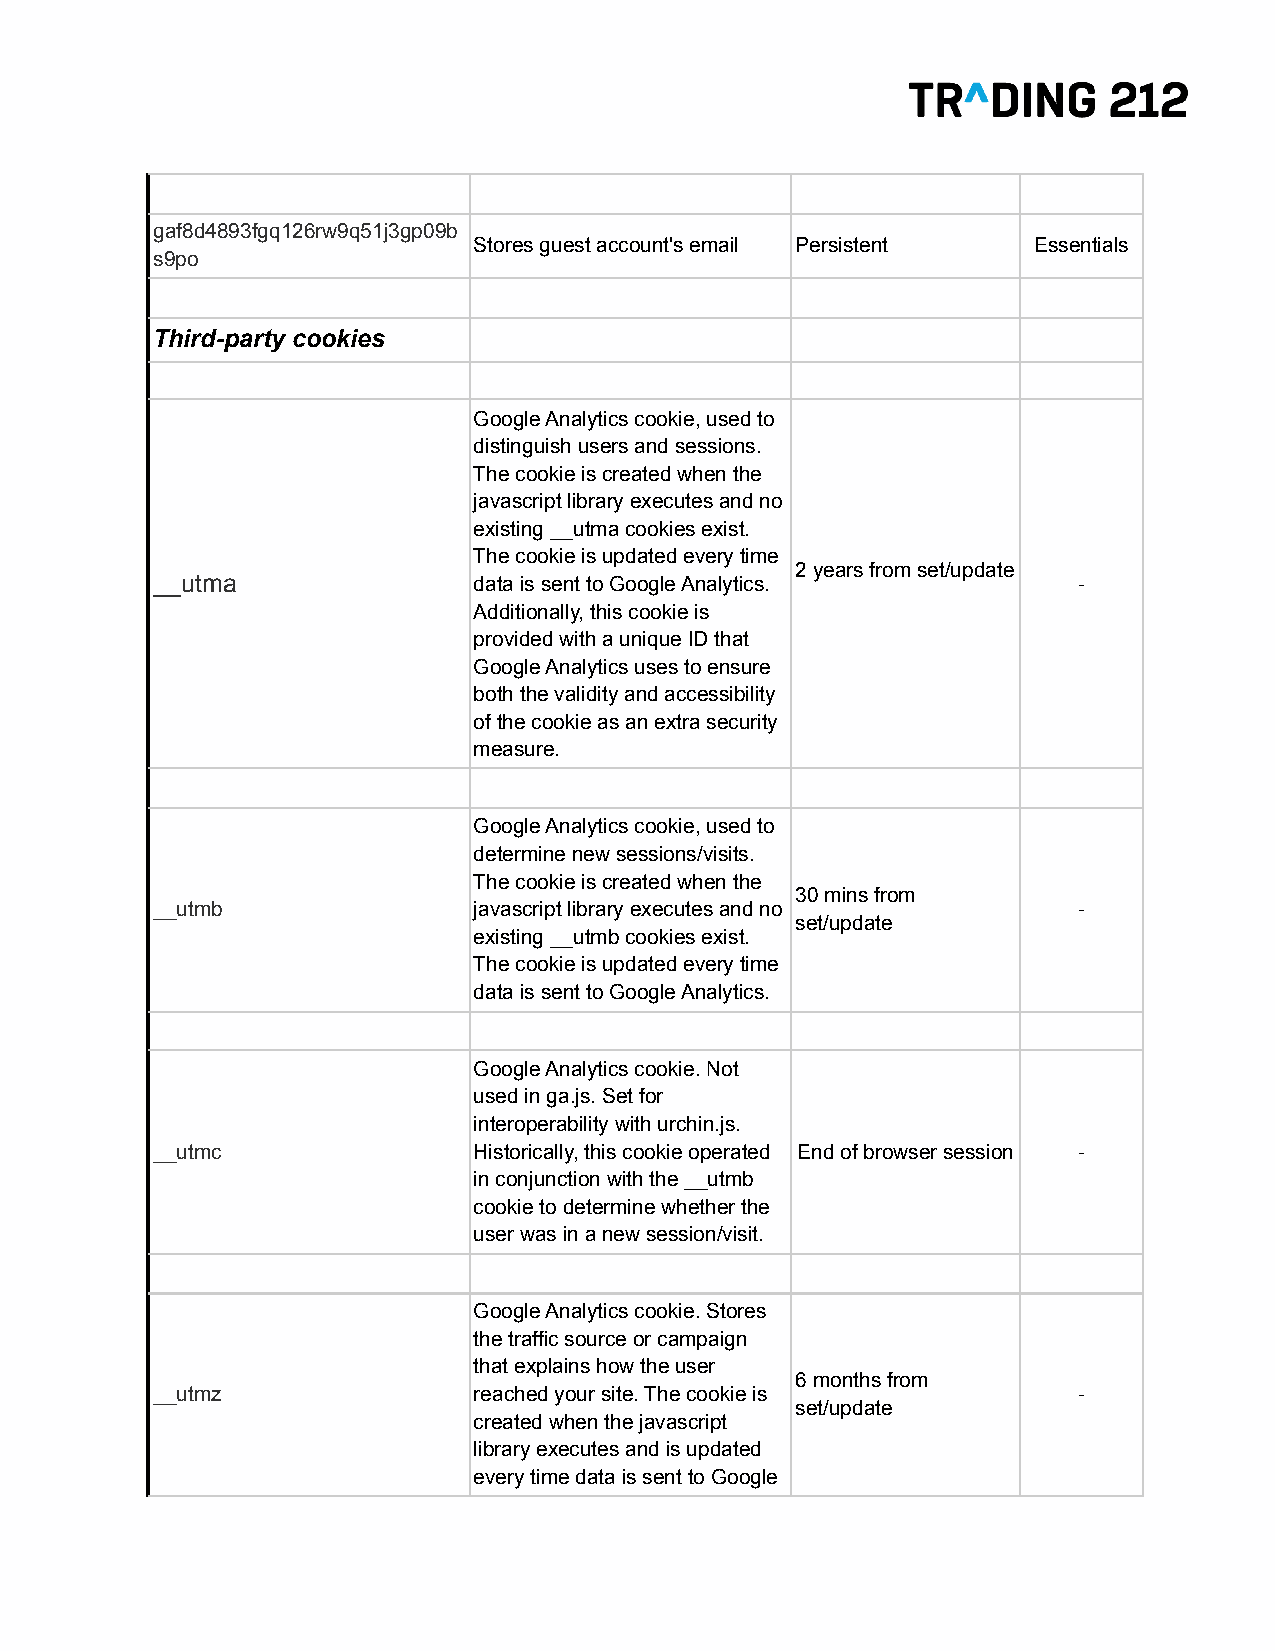
gaf8d4893fgq126rw9q51j3gp09b
 Stores guest account's email Persistent Essentials
 s9po
 Third-party cookies
 Google Analytics cookie, used to
 distinguish users and sessions.
 The cookie is created when the
 javascript library executes and no
 existing __utma cookies exist.
 The cookie is updated every time
 2 years from set/update
 __utma               data is sent to Google Analytics.       -
 Additionally, this cookie is
 provided with a unique ID that
 Google Analytics uses to ensure
 both the validity and accessibility
 of the cookie as an extra security
 measure.
 Google Analytics cookie, used to
 determine new sessions/visits.
 The cookie is created when the
 30 mins from
 __utmb               javascript library executes and no      -
 set/update
 existing __utmb cookies exist.
 The cookie is updated every time
 data is sent to Google Analytics.
 Google Analytics cookie. Not
 used in ga.js. Set for
 interoperability with urchin.js.
 __utmc               Historically, this cookie operated End of browser session -
 in conjunction with the __utmb
 cookie to determine whether the
 user was in a new session/visit.
 Google Analytics cookie. Stores
 the traffic source or campaign
 that explains how the user
 6 months from
 __utmz               reached your site. The cookie is        -
 set/update
 created when the javascript
 library executes and is updated
 every time data is sent to Google